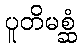
ပူတိမစ္ဆံ